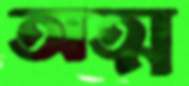
অত্ম